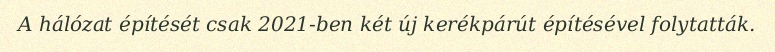
A hálózat építését csak 2021-ben két új kerékpárút építésével folytatták.